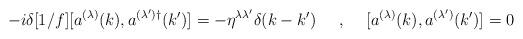
LaTeX: \begin{align*}-i\delta [1/f] [a^{(\lambda)}(k),a^{(\lambda') \dagger}(k')]=-\eta^{\lambda \lambda'}\delta (k-k')\makebox[.5in]{,}[a^{(\lambda)}(k),a^{(\lambda')}(k')]=0\end{align*}